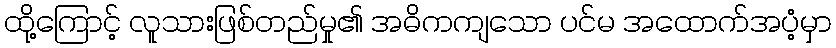
ထို့ကြောင့် လူသားဖြစ်တည်မှု၏ အဓိကကျသော ပင်မ အထောက်အပံ့မှာ